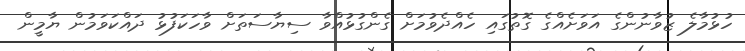
ހުޅުމާލެ ޒުވާނުންގެ އަވަށެއްގެ ގޮތުގައި ހެއްދެވުމަށް ގެންގުޅުއްވާ ސިޔާސަތަށް ވާހަކަފުޅު ދައްކަވަމުން ޔާމީން